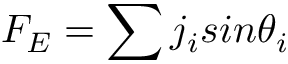
F _ { E } = \sum { j _ { i } s i n \theta _ { i } }